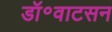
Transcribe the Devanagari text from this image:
डॉ॰वाटसन